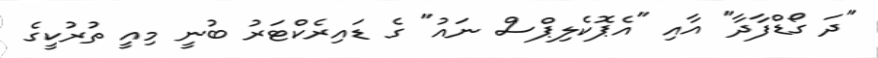
"ދަ ގޯޑްފާދާ" އާއި "އެޕޮކެލިޕްސް ނައު" ގެ ޑައިރެކްޓަރު ބުނީ މިއީ ތުރުކީގެ